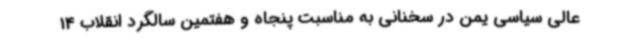
عالی سیاسی یمن در سخنانی به مناسبت پنجاه و هفتمین سالگرد انقلاب 14